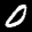
Label: 0